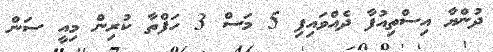
ދުންޔާ އިސްތިއުފާ ދެއްވައިފި 5 މަސް 3 ހަފްތާ ކުރިން މިއީ ސަން